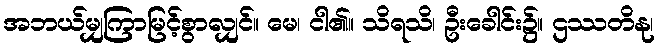
အဘယ်မျှကြာမြင့်စွာလျှင်။ မေ၊ ငါ၏။ သိရသိ၊ ဦးခေါင်း၌။ ဌဿတိနု၊